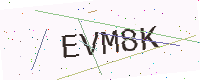
Text: EVM8K